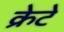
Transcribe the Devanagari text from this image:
क्रेटे